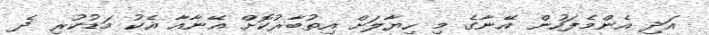
އަދި އެންމެފަހުން އޭނާގެ މި ހިޔާލަށް އިތުބާރުކޮށް އޭނާއާ އެކު މަޑުކުރި ދެ